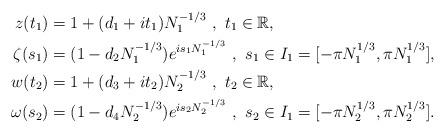
LaTeX: \begin{align*}z(t_1)&=1+(d_1+it_1)N_1^{-1/3}\,\,,\,\,t_1\in\mathbb{R},\\\zeta(s_1)&=(1-d_2N_1^{-1/3})e^{is_1N_1^{-1/3}}\,\,,\,\,s_1\in I_1=[-\pi N_1^{1/3},\pi N_1^{1/3}],\\w(t_2)&=1+(d_3+it_2)N_2^{-1/3}\,\,,\,\,t_2\in\mathbb{R},\\\omega(s_2)&=(1-d_4N_2^{-1/3})e^{is_2N_2^{-1/3}}\,\,,\,\,s_2\in I_1=[-\pi N_2^{1/3},\pi N_2^{1/3}].\end{align*}